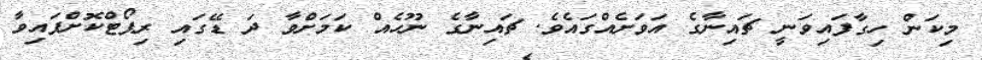
މިކަން ހިގާފައިވަނީ ޗައިނާގެ އަވަށެއްގައެވެ. ޗައިނާގެ ނޫހެއް ކަމަށްވާ ދަ ޑޭގައި ރިޕޯޓްކޮށްފައިވާާ